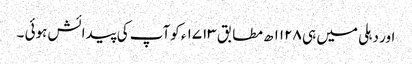
اور دہلی میں ہی ۱۱۲۸ ھ مطابق ۱۷۱۳ ء کوآپ کی پیدائش ہوئی ۔